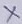
Text: X